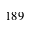
1 8 9